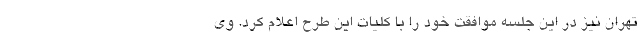
تهران نیز در این جلسه موافقت خود را با کلیات این طرح اعلام کرد. وی